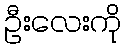
ဦးလေးကို